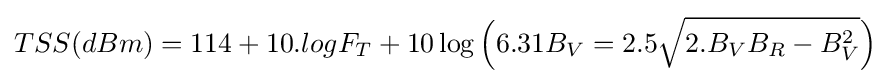
TSS(dBm)=114+10.logF_{T}+10\log {\Big (}6.31B_{V}=2.5{\sqrt {2.B_{V}B_{R}-B_{V}^{2}}}{\Big )}